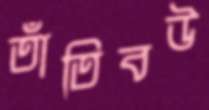
তাঁতিবউ